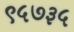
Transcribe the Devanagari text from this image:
९५७३५